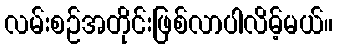
လမ်းစဉ်အတိုင်းဖြစ်လာပါလိမ့်မယ်။